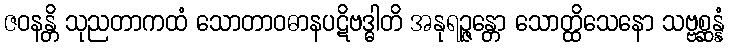
ဇဝနန္တိ သုညတာကထံ သောတာဝဓာနပဋိဗဒ္ဓါတိ အနုရဉ္ဇန္တော သောတ္ထိသေနော သဗ္ဗစ္ဆန္နံ